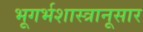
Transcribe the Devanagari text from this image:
भूगर्भशास्त्रानूसार